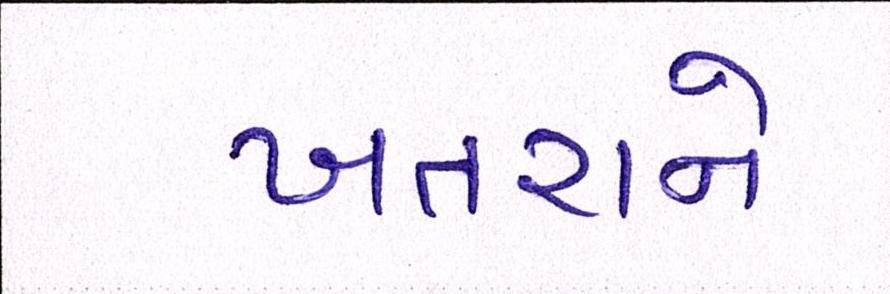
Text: ખતરાને